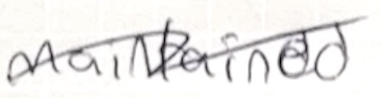
Text: maintained
Cross-out: wave
Writing tool: ballpoint